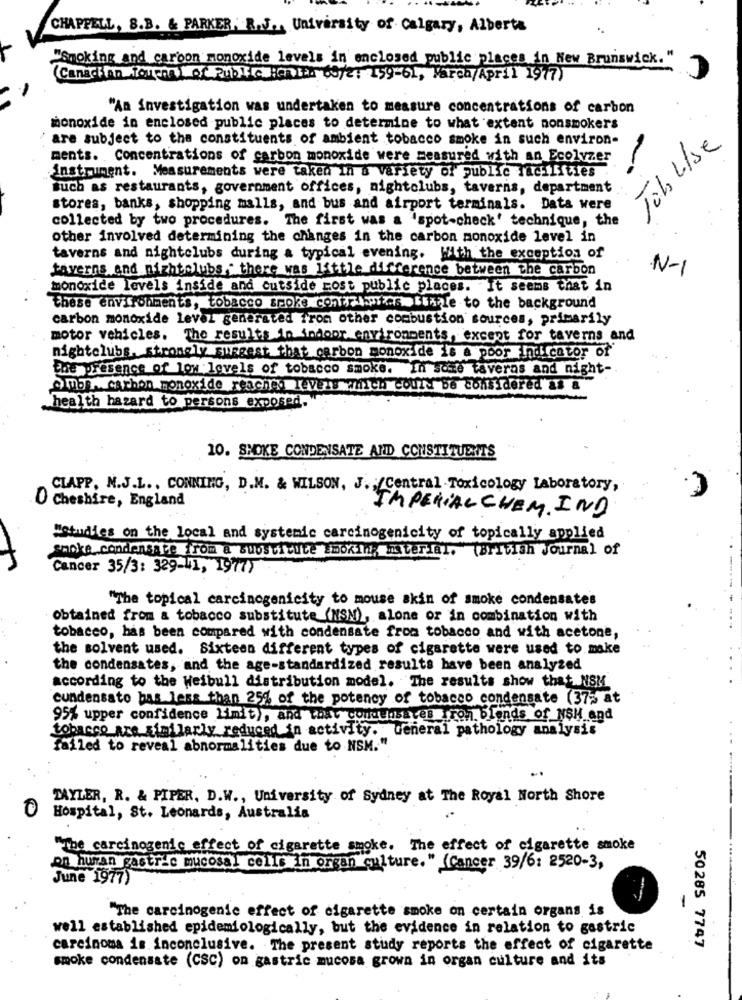
CHAPPELL, S.B. & PARKER. R.V ., University of Calgary, Alberta
C
"Smoking and carbon monoxide levels in enclosed public places in New Brunswick. "
(Canachton Torna) of Public :chira 09/2: 159-61, Marca/April 1977)
"An investigation was undertaken to measure concentrations of carbon
monoxide in enclosed public places to determine to what extent nonsmokers
are subject to the constituents of ambient tobacco smoke in such environ-
Job L/se
ments. Concentrations of carbon monoxide were measured with an Ecolvzer
instrument. Measurements were taken In a variety of public facilities
such as restaurants, government offices, nightclubs, taverns, department
stores, banks, shopping malls, and bus and airport terminals. Data were
collected by two procedures. The first was a 'spot-check' technique, the
other involved determining the changes in the carbon monoxide level in
taverns and nightclubs during a typical evening. With the exception of
taverns and nightclubs. there was little difference between the carbon
N-1
monoxide levels inside and outside most public places. It seems that in
these environments, tobacco sHoke contos bare to the background
carbon monoxide level generated from other combustion sources, primarily
motor vehicles. The results in iodoor environments, except for taverns and
nightclubs. strongly suggest that carbon monoxide is a poor indicator of
the presence of low levels of tobacco smoke.
In some taveras and night-
Ambs. carbon monoxide reachna revers mitch could be considered as &
health hazard to persons exposed.
10. SMOKE CONDENSATE ARID CONSTITUERMIS
CLAPP. M.J.L ., CONNING, D.M. & WILSON, J ., Central Toxicology Laboratory,
O cheshire, England
IMPERIAL CHEM. IND
"Studies on the local and systemic carcinogenicity of topically applied
smoke condensate from a Buloscidice Smoking Material. (British Journal of
Cancer 35/3: 329-11, 1977)
"The topical carcinogenicity to mouse skin of smoke condensates
obtained from a tobacco substitute (MSN), alone or in combination with
tobacco, has been compared with condensate from tobacco and with acetone,
the solvent used. Sixteen different types of cigarette were used to make
the condensates, and the age-standardized results have been analyzed
according to the Weibull distribution model. The results show that NSM
cundensato bas less than 25% of the potency of tobacco condensate (37; at
95% upper confidence limit), and that condensates iron blonds of NSH and
tobacco are similarly reduced in activity. General pathology analysis
failed to reveal abnormalities due to NSM."
TAYLER, R. & PIPER, D.W ., University of Sydney at The Royal North Shore
0
Hospital, St. Leonards, Australia
"The carcinogenic effect of cigarette smoke. The effect of cigarette smoke
on huran gastric mucosal cells in organ culture." (Cancer 39/6: 2520-3,
June 1977)
-
-
"The carcinogenic effect of cigarette smoke on certain organs is
well established epidemiologically, but the evidence in relation to gastric
carcinoma is inconclusive. The present study reports the effect of cigarette
50285 7747
smoke condensate (CSC) on gastric mucosa grown in organ culture and its